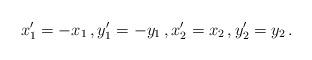
LaTeX: \begin{align*}x_1^\prime = -x_1 \, , y_1^\prime = - y_1 \, , x_2^\prime = x_2 \, , y_2^\prime = y_2 \, . \end{align*}